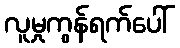
လူမှုကွန်ရက်ပေါ်